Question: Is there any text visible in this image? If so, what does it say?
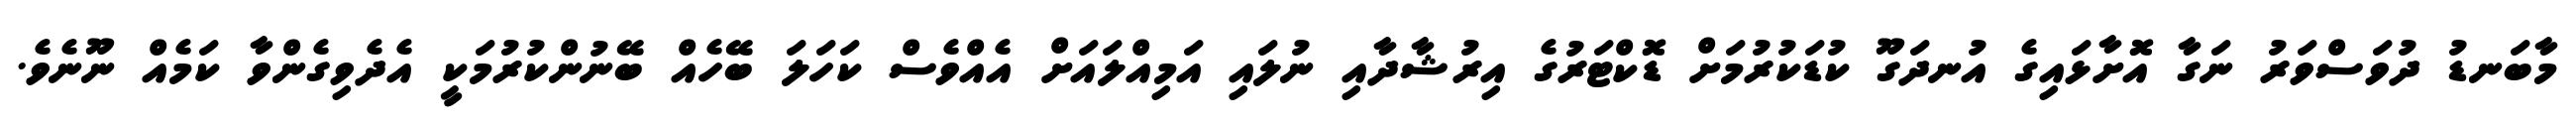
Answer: މާބަނޑު ދުވަސްވަރު ނަގާ އޮށާޅައިގެ އުނދަގޫ ކުޑަކުރުމަށް ޑޮކްޓަރުގެ އިރުޝާދާއި ނުލައި އަމިއްލައަށް އެއްވެސް ކަހަލަ ބޭހެއް ބޭނުންކުރުމަކީ އެދެވިގެންވާ ކަމެއް ނޫނެވެ.